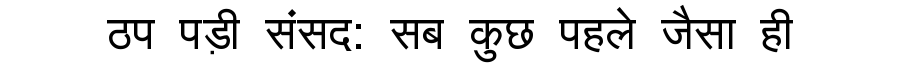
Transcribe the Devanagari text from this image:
ठप पड़ी संसद: सब कुछ पहले जैसा ही